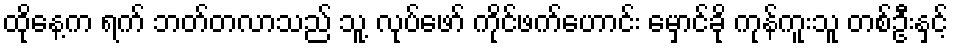
ထိုနေ့က ရက် ဘတ်တလာသည် သူ့ လုပ်ဖော် ကိုင်ဖက်ဟောင်း မှောင်ခို ကုန်ကူးသူ တစ်ဦးနှင့်